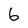
Character: 6